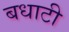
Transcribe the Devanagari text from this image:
बधाटी